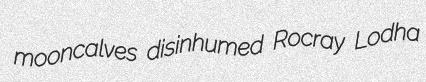
mooncalves disinhumed Rocray Lodha